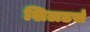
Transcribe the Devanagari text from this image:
शिलडर्स